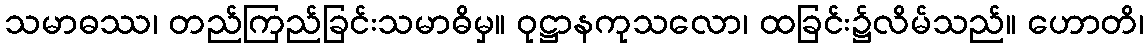
သမာဓဿ၊ တည်ကြည်ခြင်းသမာဓိမှ။ ဝုဋ္ဌာနကုသလော၊ ထခြင်း၌လိမ်သည်။ ဟောတိ၊